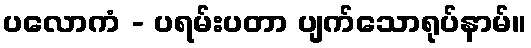
ပလောကံ - ပရမ်းပတာ ပျက်သောရုပ်နာမ်။